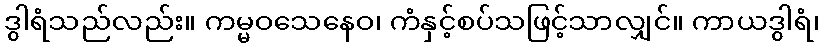
ဒွါရံသည်လည်း။ ကမ္မဝသေနေဝ၊ ကံနှင့်စပ်သဖြင့်သာလျှင်။ ကာယဒွါရံ၊